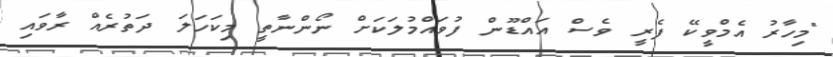
"މިހާރު އެމްވީކޭ ފެރީ ވެސް އައްޑޫން ފުވައްމުލަކަށް ނޯންނާތީ މިކަހަލަ ދަތުރެއް ރާވައި